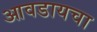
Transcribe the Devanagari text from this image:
आवडायचा